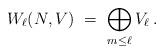
LaTeX: \begin{align*} W_\ell(N,V) \ = \ \bigoplus_{m \le \ell} V_\ell \,.\end{align*}